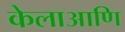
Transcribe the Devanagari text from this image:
केलाआणि